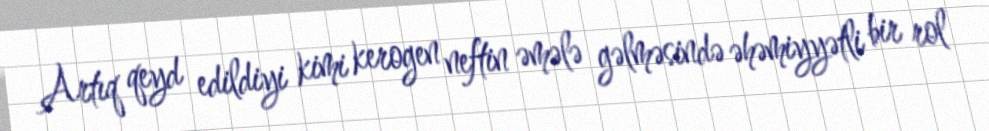
Artıq qeyd edildiyi kimi kerogen neftin əmələ gəlməsində əhəmiyyətli bir rol